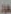
سعود